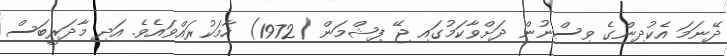
ދޭނަމަ އެކުދިންގެ ވިސްނުން ދަށްވާކަމުގައި ޖޭ ފިޝްމަން (1972) ހާމަކުރައްވައެވެ. އަދި މާދަރީބަސް